Reports on military cantonments and civil stations in the Presidency of Bombay inspected by the Sanitary Commissioner in the years 1875 and 1876
Year: 1875
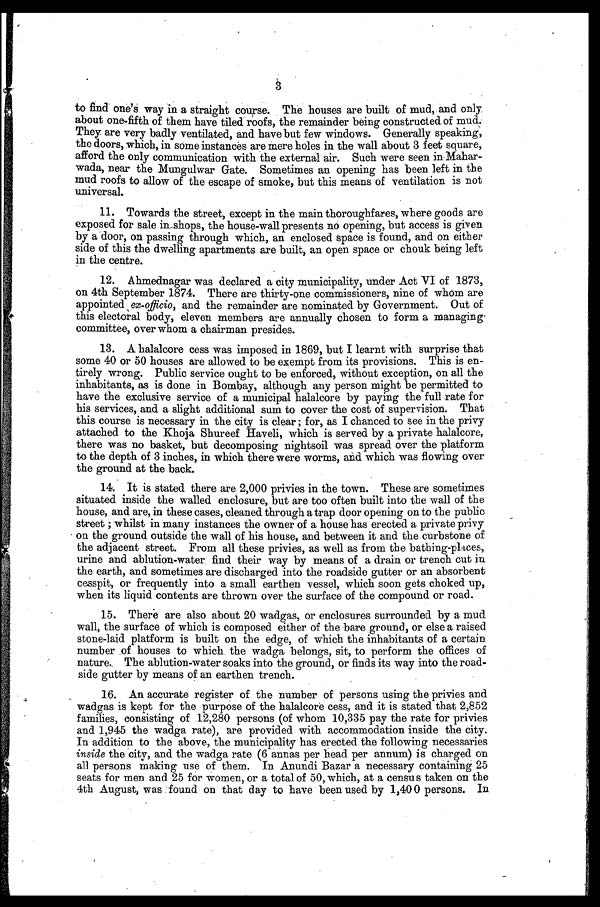
3
to find one's way in a straight course. The houses are built of mud, and only
about one-fifth of them have tiled roofs, the remainder being constructed of mud.
They are very badly ventilated, and have but few windows. Generally speaking,
the doors, which, in some instances are mere holes in the wall about 3 feet square,
afford the only communication with the external air. Such were seen in Mahar
- w a d a , n e a r t h e M u n g u l w a r G a t e . S o m e t i m e s a n o p e n i n g h a s b e e n l e f t i n t h e
mud roofs to allow of the escape of smoke, but this means of ventilation is not
universal.
11. Towards the street, except in the main thoroughfares, where goods are
exposed for sale in shops, the house-wall presents no opening, but access is given
by a door, on passing through which, an enclosed space is found, and on either
side of this the dwelling apartments are built, an open space or chouk being left
in the centre.
12. Ahmednagar was declared a city municipality, under Act VI of 1873,
on 4th September 1874. There are thirty-one commissioners, nine of whom are
appointed ex-officio, and the remainder are nominated by Government. Out of
this electoral body, eleven members are annually chosen to form a managing
committee, over whom a chairman presides.
13. A halalcore cess was imposed in 1869, but I learnt with surprise that
some 40 or 50 houses are allowed to be exempt from its provisions. This is en
- t i r e l y w r o n g . P u b l i c s e r v i c e o u g h t t o b e e n f o r c e d , w i t h o u t e x c e p t i o n , o n a l l t h e
inhabitants, as is done in Bombay, although any person might be permitted to
have the exclusive service of a municipal halalcore by paying the full rate for
his services, and a slight additional sum to cover the cost of supervision. That
this course is necessary in the city is clear; for, as I chanced to see in the privy
attached to the Khoja Shureef Haveli, which is served by a private halalcore,
there was no basket, but decomposing nightsoil was spread over the platform
to the depth of 3 inches, in which there were worms, and which was flowing over
the ground at the back.
14. It is stated there are 2,000 privies in the town. These are sometimes
situated inside the walled enclosure, but are too often built into the wall of the
house, and are, in these cases, cleaned through a trap door opening on to the public
street; whilst in many instances the owner of a house has erected a private privy
on the ground outside the wall of his house, and between it and the curbstone of
the adjacent street. From all these privies, as well as from the bathing-places,
urine and ablution-water find their way by means of a drain or trench cut in
the earth, and sometimes are discharged into the roadside gutter or an absorbent
cesspit, or frequently into a small earthen vessel, which soon gets choked up,
when its liquid contents are thrown over the surface of the compound or road.
15. There are also about 20 wadgas, or enclosures surrounded by a mud
wall, the surface of which is composed either of the bare ground, or else a raised
stone-laid platform is built on the edge, of which the inhabitants of a certain
number of houses to which the wadga belongs, sit, to perform the offices of
nature. The ablution-water soaks into the ground, or finds its way into the road
-side gutter by means of an earthen trench.
16. An accurate register of the number of persons using the privies and
wadgas is kept for the purpose of the halalcore cess, and it is stated that 2,852
families, consisting of 12,280 persons (of whom 10,335 pay the rate for privies
and 1,945 the wadga rate), are provided with accommodation inside the city.
In addition to the above, the municipality has erected the following necessaries
inside the city, and the wadga rate (6 annas per head per annum) is charged on
all persons making use of them. In Anundi Bazar a necessary containing 25
seats for men and 25 for women, or a total of 50, which, at a census taken on the
4th August, was found on that day to have been used by 1,400 persons. In